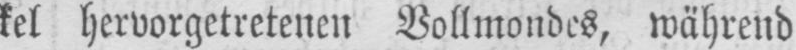
kel hervorgetretenen Vollmondes, während